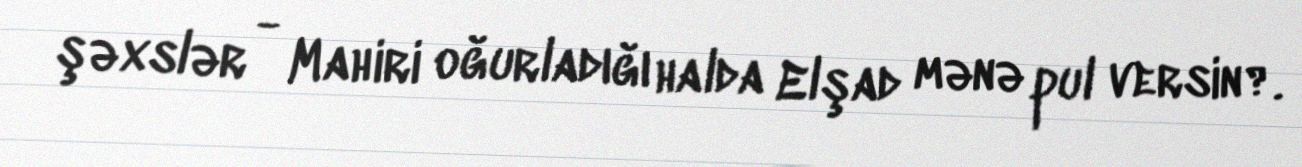
şəxslər - Mahiri oğurladığı halda Elşad mənə pul versin?.